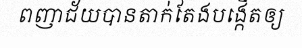
ពញាជ័យបានតាក់តែងបង្កើតឲ្យ